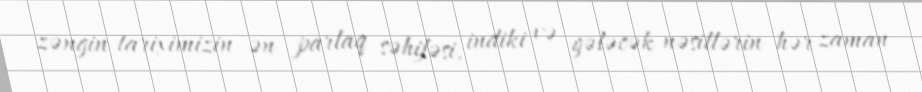
zəngin tariximizin ən parlaq səhifəsi, indiki və gələcək nəsillərin hər zaman